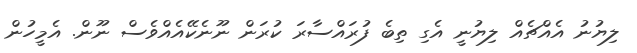
ލިޔުނު އެއްޗެއް ލިޔުނީ އެގި ތިބެ ފުރައްސާރަ ކުރަން ނޫނެކޭއެއްވެސް ނޫން. އެމީހުން